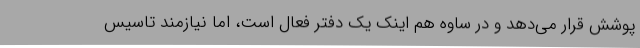
پوشش قرار می‌دهد و در ساوه هم اینک یک دفتر فعال است، اما نیازمند تاسیس